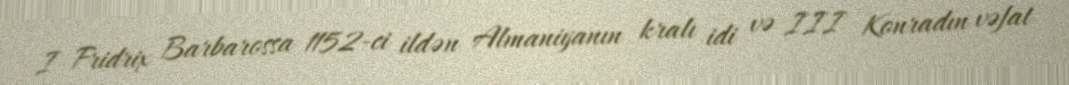
I Fridrix Barbarossa 1152-ci ildən Almaniyanın kralı idi və III Konradın vəfat